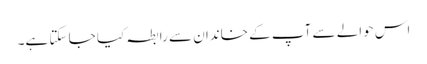
اس حوالے سے آپ کے خاندان سے رابطہ کیا جا سکتا ہے۔